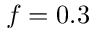
f = 0 . 3